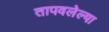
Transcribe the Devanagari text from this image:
तापवलेल्या